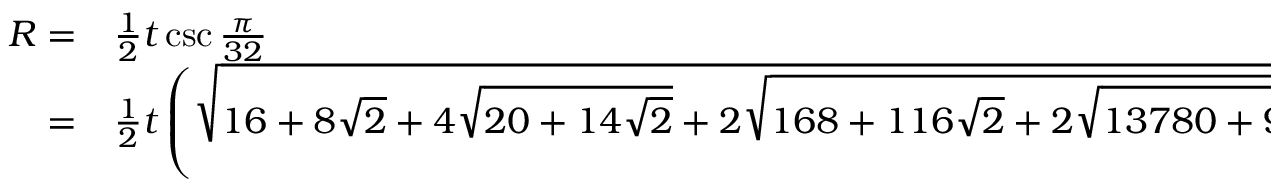
\begin{array} { r l } { R = } & { { } { \frac { 1 } { 2 } } t \csc { \frac { \pi } { 3 2 } } } \\ { = } & { { } { \frac { 1 } { 2 } } t \left( { \sqrt { 1 6 + 8 { \sqrt { 2 } } + 4 { \sqrt { 2 0 + 1 4 { \sqrt { 2 } } } } + 2 { \sqrt { 1 6 8 + 1 1 6 { \sqrt { 2 } } + 2 { \sqrt { 1 3 7 8 0 + 9 7 4 2 { \sqrt { 2 } } } } } } } } \right) } \end{array}